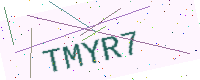
Text: TMYR7